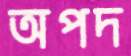
অপদ